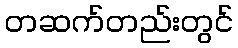
တဆက်တည်းတွင်